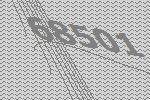
68501